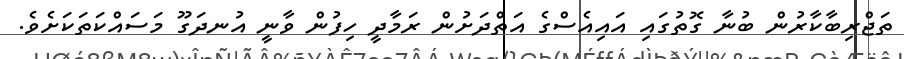
ތަޖްރިބާކާރުން ބުނާ ގޮތުގައި އައިއެސްގެ އަތްދަށުން ރަމާދީ ހިފުން ވާނީ އުނދަގޫ މަސައްކަތަކަށެވެ.